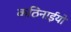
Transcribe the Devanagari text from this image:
कठिनाईयो